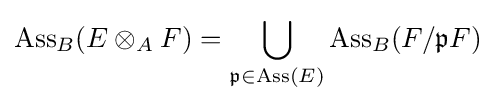
\operatorname {Ass} _{B}(E\otimes _{A}F)=\bigcup _{{\mathfrak {p}}\in \operatorname {Ass} (E)}\operatorname {Ass} _{B}(F/{\mathfrak {p}}F)